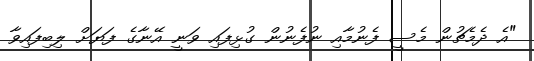
"އެ ދެމެޗުން މެސީ ފެނުމާއި ނުފެނުން ގުޅިފައި ވަނީ އޭނާގެ ފަޔަށް ލިބިފައިވާ